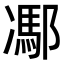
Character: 𨝭